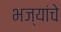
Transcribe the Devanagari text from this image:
भज्यांचे